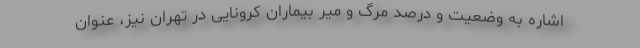
اشاره به وضعیت و درصد مرگ و میر بیماران کرونایی در تهران نیز، عنوان